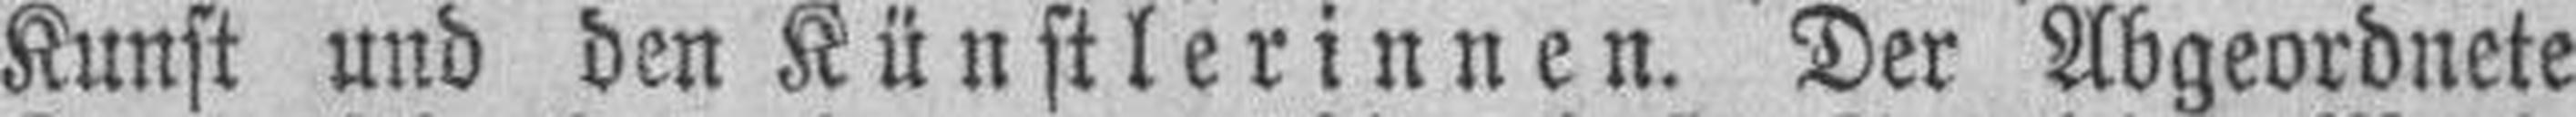
Kunst und den Künstlerinnen. Der Abgeordnete